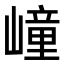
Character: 㠉